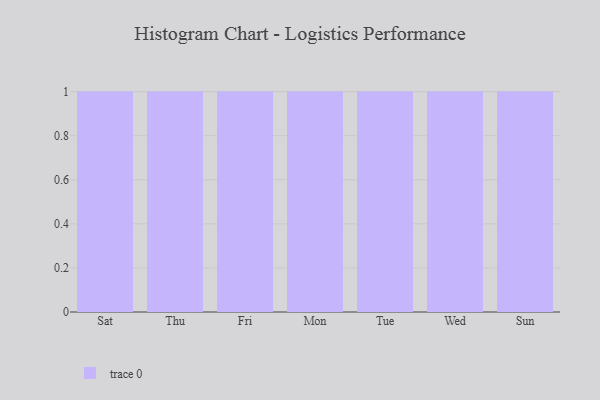
{"axis": {"x": "Day", "y": "Production Output"}, "legend": [""], "data": [{"x": "Sat", "y": 78, "type": ""}, {"x": "Thu", "y": 82, "type": ""}, {"x": "Fri", "y": 40, "type": ""}, {"x": "Mon", "y": 11, "type": ""}, {"x": "Tue", "y": 95, "type": ""}, {"x": "Wed", "y": 24, "type": ""}, {"x": "Sun", "y": 59, "type": ""}]}